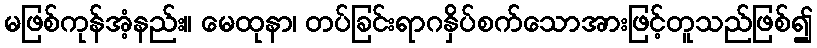
မဖြစ်ကုန်အံ့နည်း။ မေထုနာ၊ တပ်ခြင်းရာဂနှိပ်စက်သောအားဖြင့်တူသည်ဖြစ်၍